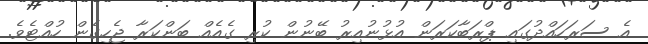
އެ ސަރަހައްދުގައިި ޕްރަބާކަރަން އުޅުނުއިރު ބޭނުން ކުުރި ގެއެއް ބަންކަރާ ޖެހިގެން ހުއްޓެވެ.